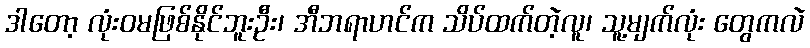
ဒါတော့ လုံးဝမဖြစ်နိုင်ဘူးဦး၊ အီဘရာဟင်က သိပ်ထက်တဲ့လူ၊ သူ့မျက်လုံး တွေကလဲ